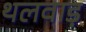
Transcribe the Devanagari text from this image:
थलवाड़